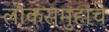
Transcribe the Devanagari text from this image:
लोकसमुहांचे